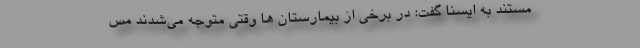
مستند به ایسنا گفت: در برخی از بیمارستان ها وقتی متوجه می‌شدند مس